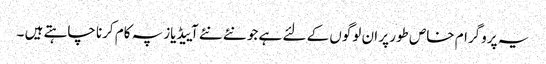
یہ پروگرام خاص طور پر ان لوگوں کے لئے ہے جو نئے نئے آییڈیاز پہ کام کرنا چاہتے ہیں ۔